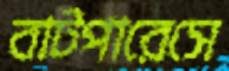
বাটপারেসে